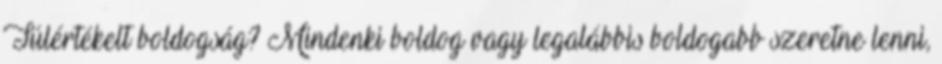
Túlértékelt boldogság? Mindenki boldog vagy legalábbis boldogabb szeretne lenni,